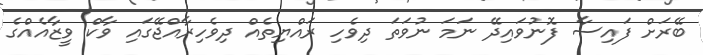
ބޭރަށް ފައިސާ ފޮނުވައިދޭ ނަމަ ނުވަތަ ދިވެހި ރައްޔިތެއް ދިވެހިރާއްޖޭގައި ވާކް ވީޒާއެއްގެ